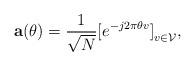
LaTeX: \begin{align*}\mathbf{a}(\theta)=\frac{1}{\sqrt{N}}{[e^{-j2\pi\theta v}]}_{v \in \mathcal{V}} , \end{align*}